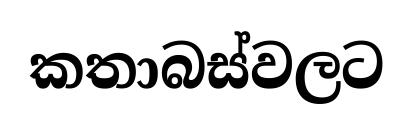
කතාබස්වලට